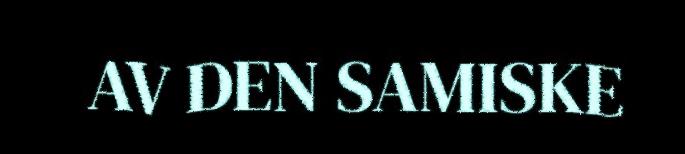
AV DEN SAMISKE